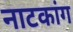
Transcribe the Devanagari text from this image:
नाटकांग